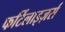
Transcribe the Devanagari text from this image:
फर्टिलाइज़र्स